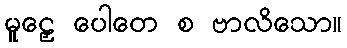
မူဠှေ ပေါတေ စ ဗာလိသော။